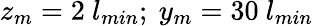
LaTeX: z_{m}=2~l_{min};~y_{m}=30~l_{min}